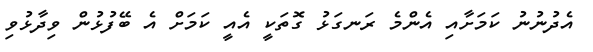
އެދުނުނު ކަމަށާއި އެންމެ ރަނގަޅު ގޮތަކީ އެއީ ކަމަށް އެ ބޭފުޅުން ވިދާޅުވި